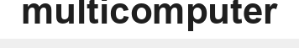
multicomputer